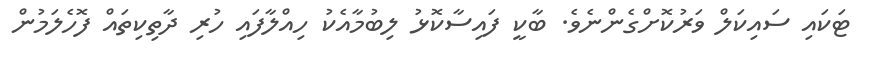
ޓަކައި ސައިކަލް ވަރުކޮށްގެންނެވެ. ބާކީ ފައިސާކޮޅު ލިބުމާއެކު ހިއްލާފައި ހުރި ދާތިކިތައް ފޮހެލަމުން